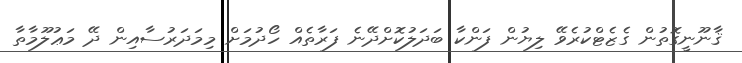
ޤާނޫނީގޮތުން ގެޒެޓްކުރެވޭ ލިޔުން ފަންކާ ބަދަލުކޮށްދޭނެ ފަރާތެއް ހޯދުމަށް މިމަދަރުސާއިން ދޭ މަޢުލޫމާތާ